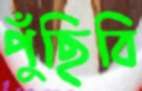
পুঁছিবি